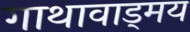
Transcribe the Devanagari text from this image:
गाथावाड्मय